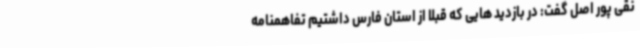
نقی پور اصل گفت: در بازدید هایی که قبلا از استان فارس داشتیم تفاهمنامه